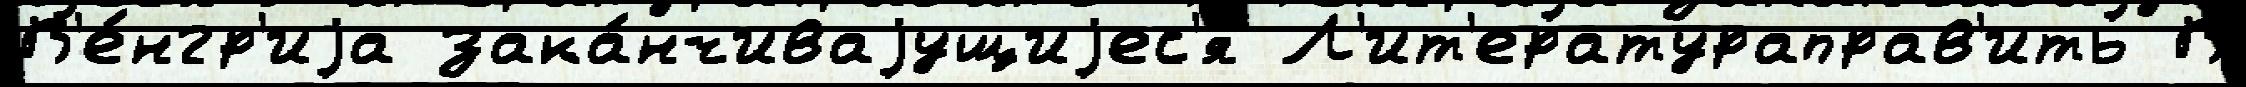
В'е́нгр'иjа зака́нчиваjущиjес'я Л'ит'ератураправ'ить В